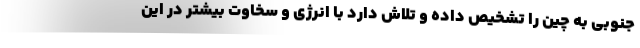
جنوبی به چین را تشخیص داده و تلاش دارد با انرژی و سخاوت بیشتر در این